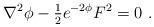
LaTeX: \begin{align*}\nabla^{2}\phi - {\textstyle\frac{1}{2}} e^{-2\phi}F^{2} =0 \ .\end{align*}